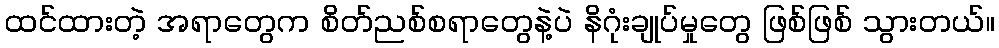
ထင်ထားတဲ့ အရာတွေက စိတ်ညစ်စရာတွေနဲ့ပဲ နိဂုံးချုပ်မှုတွေ ဖြစ်ဖြစ် သွားတယ်။